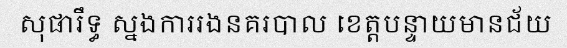
សុផារឹទ្ធ ស្នងការរងនគរបាល ខេត្តបន្ទាយមានជ័យ